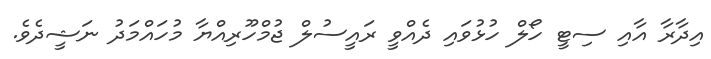
އިދާރާ އާއި ސިޓީ ހޯލް ހުޅުވައި ދެއްވީ ރައީސުލް ޖުމްހޫރިއްޔާ މުހައްމަދު ނަޝީދެވެ.